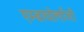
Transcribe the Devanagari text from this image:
एम्ब्रायोलाॅजी